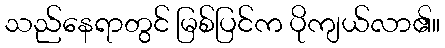
သည်နေရာတွင် မြစ်ပြင်က ပိုကျယ်လာ၏။